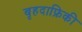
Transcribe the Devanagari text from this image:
बृहदाफ्रिकी